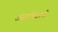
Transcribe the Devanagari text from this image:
अंसाभिवत्रनी